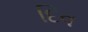
દિવ